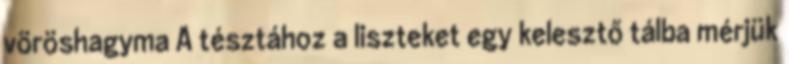
vöröshagyma A tésztához a liszteket egy kelesztő tálba mérjük